Vaccination in Burma 1912-1922 - 1912-1922
Year: 1912
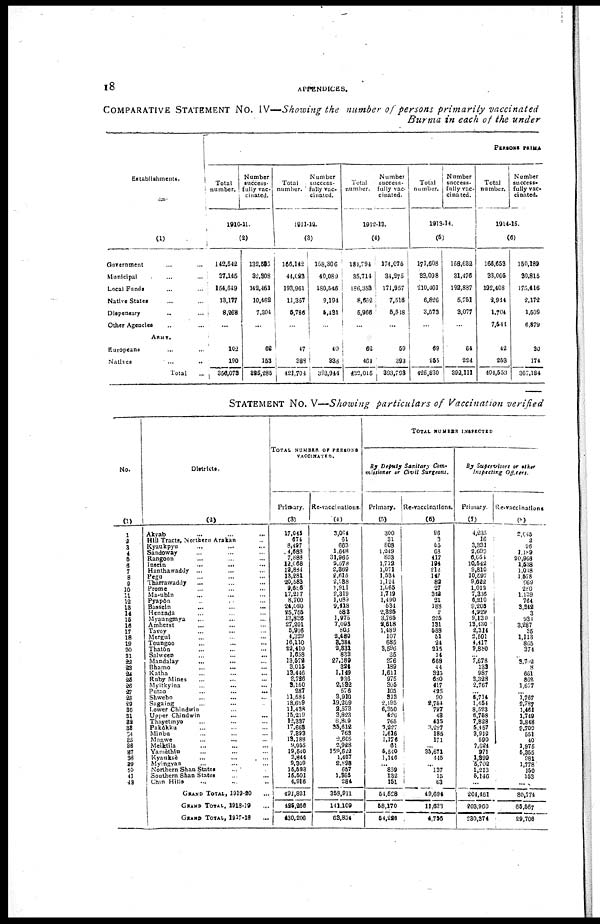
18
APPENDICES.
COMPARATIVE STATEMENT No. IV—Showing the number of persons primarily vaccinated
Burma in each of the under
Establishments.
(1)
Government ... ... ...
Municipal ... ... ...
Local Funds... ... ...
Native States... ... ...
Dispensary ... ... ...
Other Agencies... ... ...
ARMY.
Europeans... ... ...
Native... ... ...
Total...
PERSONS PRIMA
Total
number.
Number
success-
fully vac-
cinated.
1910-11.
(2)
142,542
37,145
154,649
13,177
8,268
...
102
190
356,078
132,595
32,808
142,461
10,462
7,304
...
68
153
325,285
Total
number.
Number
success-
fully vac-
cinated.
1911-12.
(3)
166,142
44,023
193,961
11,357
5,786
...
47
383
421,704
158,306
40,089
180,546
9,194
5,431
...
40
338
393,944
Total
number.
Number
success-
fully vac-
cinated.
1912-13.
(4)
181,794
35,714
186,363
8,662
5,966
...
62
464
422,015
174,075
34,275
171,957
7,516
5,518
...
59
393
393,798
Total
number.
Number
success-
fully vac-
cinated.
1913-14.
(5)
171,608
33,098
210,401
6,826
3,573
...
69
255
425,830
158,682
31,476
192,887
5,751
3,077
...
64
224
392,111
Total
number.
Number
success-
fully vac-
cinated.
1914-15.
(6)
166,653
33,005
192,408
2,944
1,704
7,544
42
253
404,553
150,189
80,815
175,416
2,172
1,509
6,879
30
174
367,184
STATEMENT NO. V—Showing particulars of Vaccination verified
No.
(1)
1
2
3
4
5
6
7
8
9
10
11
12
13
14
15
16
17
18
19
20
21
22
23
24
25
26
27
28
29
30
31
32
33
34
35
36
37
38
39
40
41
42
Districts.
(2)
Akyab... ... ... ...
Hill Tracts, Northern Arakan... ...
Kyaukpyu... ... ...
Sandoway... ... ...
Rangoon... ... ...
Insein
...
...
...
Hanthawaddy ... ... ...
Pegu... ... ...
Tharrawaddy... ...
Prome... ... ...
Ma-ubin... ...
Pyapôn... ...
Bassein... ... ...
Henzada... ... ...
Myaungmya... ... ...
Amherst... ... ...
Tavoy... ... ...
Mergui... ... ...
Toungoo... ... ...
Thatôn... ... ...
Salween... ... ...
Mandalay... ... ...
Bhamo...
...
Katha... ... ...
Ruby Mines... ... ...
Myitkyina... ... ...
Putao...
...
...
Shwebo... ... ...
Sagaing... ... ...
Lower Chindwin... ... ...
Upper Chindwin... ... ...
Thayetmyo... ... ...
Pakôkku... ...
Minbu... ...
Magwe...
...
...
Meiktila... ... ...
Yamèthin... ...
Kyauksè... ... ...
Myingyan...
...
...
Northern Shan States... ...
Southern Shan States... ...
Chin Hills... ...
GRAND TOTAL, 1919-20...
GRAND TOTAL, 1918-19...
GRAND TOTAL, 1917-18...
TOTAL NUMBER OF PERSONS
VACCINATED.
Primary.
(3)
17,045
674
8,497
4,688
7,888
12,068
12,884
13,281
20,583
9,686
17,217
8,700
24,090
25,755
13,836
27,201
5,916
4,329
16,110
22,410
1,658
13,572
3,015
13,446
2,726
3,150
287
11,584
18,699
11,438
15,219
12,337
17,663
7,893
13,188
9,955
19,540
3,844
9,309
15,593
16,501
4,916
491,821
425,266
430,206
Re-vaccinations.
(4)
3,064
61
663
1,648
31,965
2,578
2,869
2,615
2,988
1,911
2,319
1,089
9,418
583
1,975
7,093
803
2,480
3,384
2,831
833
27,189
324
1,149
936
2,582
576
3,910
19,209
2,573
3,823
6,809
35,612
768
2,605
2,928
159,622
1,457
2,828
657
1,865
284
358,911
141,109
63,854
TOTAL NUMBER INSPECTED
By Deputy Sanitary Com-
missioner or Civil Surgeons.
Primary.
(5)
300
31
808
1,319
853
1,712
1,071
1,534
1,124
1,065
1,719
1,490
534
2,825
3,765
2,618
1,489
107
685
3,596
35
276
189
1,611
975
305
105
313
2,195
6,350
426
765
3,227
1,616
1,176
61
6,540
1,146
... 859
132
151
54,528
58,170
54,226
Re-vaccinations.
(6)
96
3
65
68
417
194
212
147
82
27
342
21
183
2
225
131
588
51
24
215
14
668
44
325
680
417
425
90
2,754
797
48
435
3,227
185
171
...
35,671
445
...
137
15
63
49,694
11,633
4,736
By Supervisors or other
Inspecting Officers.
Primary.
(7)
4,235
16
3,331
2,699
6,051
10,542
9,810
10,597
9,622
1,012
7,336
6,210
9,205
4,929
9,130
13,430
2,314
2,501
4,417
9,880
...
7,678
133
987
2,328
2,767
...
5,714
1,454
8,523
6,758
7,828
5,457
3,919
590
7,624
971
1,899
5,702
1,213
6,146
...
204,461
203,960
230,374
Re-vaccinations
(8)
2,045
2
96
1,189
20,968
1,538
1,018
1,578
969
280
1,139
764
3,342
3
931
3,287
35
1,113
865
374
...
3,702
8
661
862
1,677
...
1,767
2,787
1,461
1,749
3,848
9,709
551
40
1,975
5,355
981
1,778
150
153
...
80,774
65,567
29,706